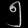
Digit: ၅